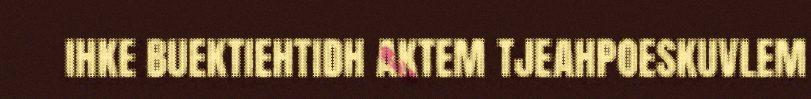
IHKE BUEKTIEHTIDH AKTEM TJEAHPOESKUVLEM